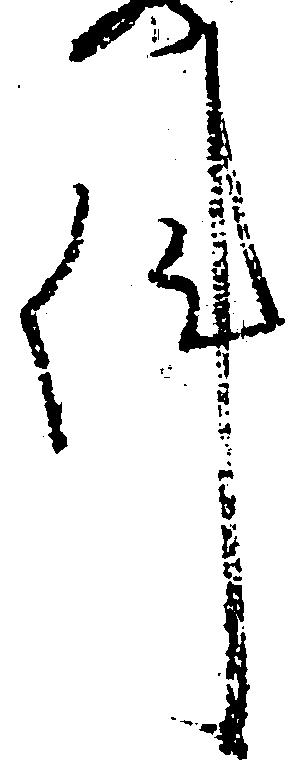
件